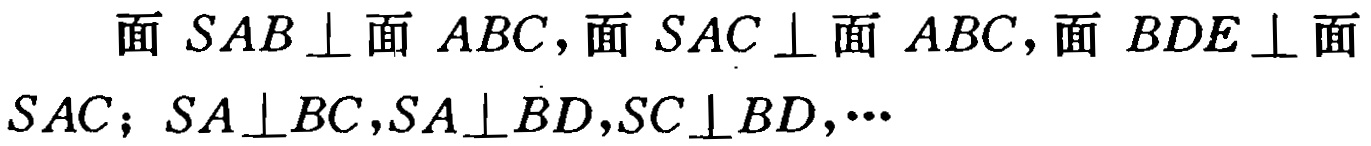
面 \(SAB\perp\)面 \(ABC\)，面 \(SAC\perp\)面 \(ABC\)，面 \(BDE\perp\)面 \(SAC\)；\(SA\perp BC\)，\(SA\perp BD\)，\(SC\perp BD\)，\(\cdots\)